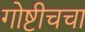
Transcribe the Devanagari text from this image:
गोष्टीचचा